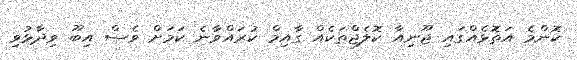
ކޮންމެ އަތޮޅެއްގައި ޖޫނިއާ ކޮލެޖްތަކެއް ގާއިމް ކުރައްވާނެ ކަމަށް ވެސް އިބޫ ވިދާޅުވި